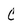
Character: C